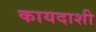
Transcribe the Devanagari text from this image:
कायदाशी